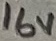
Text: 16V